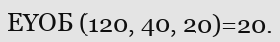
ЕҮОБ (120, 40, 20)=20.